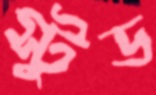
স্টুড